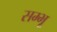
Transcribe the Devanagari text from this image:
सम्भू